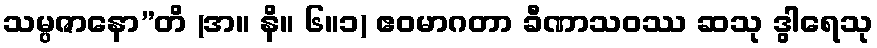
သမ္ပဇာနော”တိ (အ။ နိ။ ၆။၁) ဧဝမာဂတာ ခီဏာသဝဿ ဆသု ဒွါရေသု